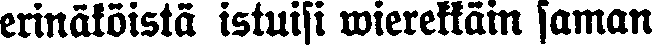
erinäköistä istuisi wierekkäin saman